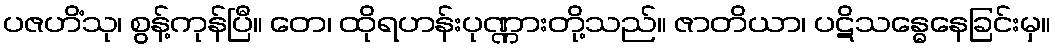
ပဇဟိံသု၊ စွန့်ကုန်ပြီ။ တေ၊ ထိုရဟန်းပုဏ္ဏားတို့သည်။ ဇာတိယာ၊ ပဋိသန္ဓေနေခြင်းမှ။